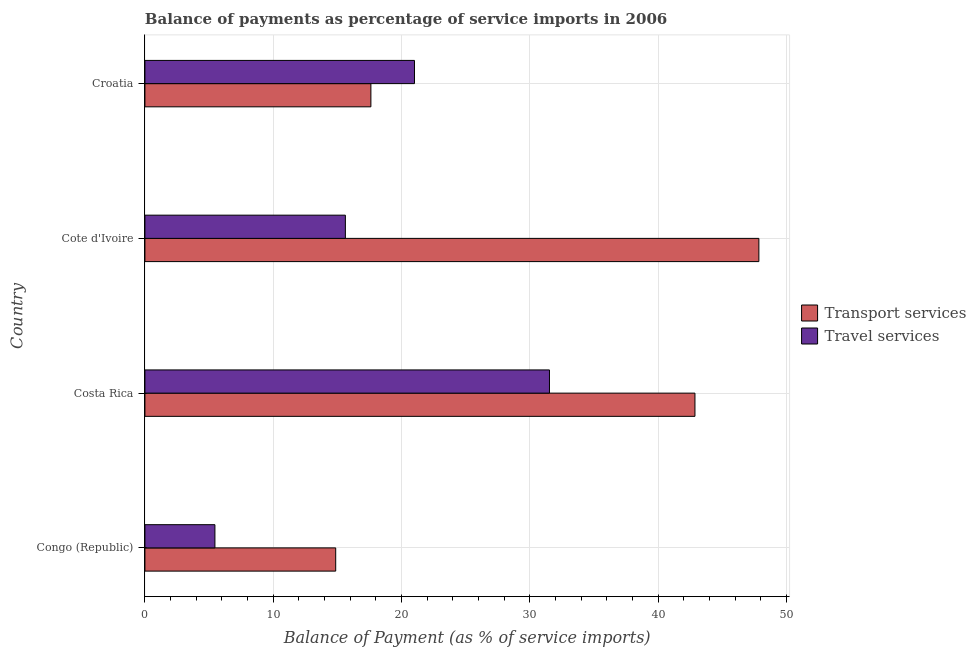
| Country | Transport services | Travel services |
 | --- | --- | --- |
 | Congo (Republic) | 14.9 | 5.46 |
 | Costa Rica | 42.9 | 31.5 |
 | Cote d'Ivoire | 47.8 | 15.6 |
 | Croatia | 17.6 | 21 |